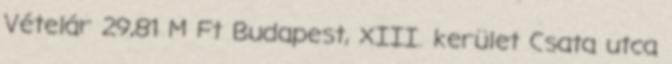
Vételár 29,81 M Ft Budapest, XIII. kerület Csata utca